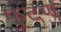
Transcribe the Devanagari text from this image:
फुटणं